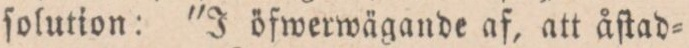
ſolution: ”J öfwerwägande af, att åſtad=